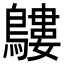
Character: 𪅛